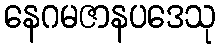
နေဂမဇာနပဒေသု